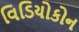
વિડિયોકોન